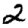
Digit: 2